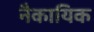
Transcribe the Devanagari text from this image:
नैकायिक